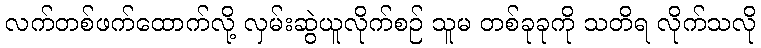
လက်တစ်ဖက်ထောက်လို့ လှမ်းဆွဲယူလိုက်စဉ် သူမ တစ်ခုခုကို သတိရ လိုက်သလို